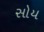
સોય